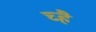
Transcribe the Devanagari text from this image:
च्है